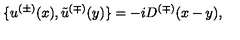
\{ u ^ { ( \pm ) } ( x ) , \tilde { u } ^ { ( \mp ) } ( y ) \} = - i D ^ { ( \mp ) } ( x - y ) ,